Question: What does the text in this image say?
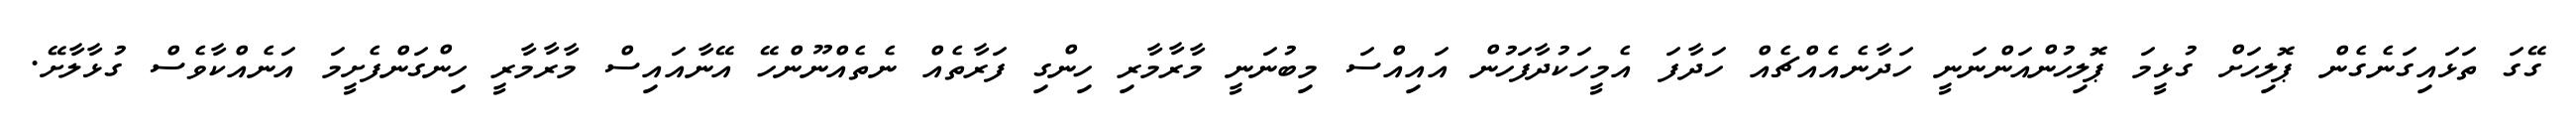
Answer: ގޭގަ ތަޅައިގަނެގެން ޕޮލިހަށް ގުޅީމަ ޕޮލިހުންއަންނަނީ ހަދާނެއެއްޗެއް ހަދާފަ އެމީހަކުދާފަހުން އައިއްސަ މިބުނަނީ މާރާމާރި ހިންގި ފަރާތެއް ނެތެއްނޫންހޭ އޭނާއައިސް މާރާމާރީ ހިންގަންފެށީމަ އަނެއްކާވެސް ގުޅާލާށޭ.